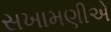
સખામણીએ